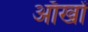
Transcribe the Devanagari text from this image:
ऑखों